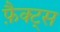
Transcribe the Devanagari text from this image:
फ़ैक्ट्स